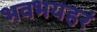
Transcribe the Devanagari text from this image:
भवभयहरं